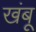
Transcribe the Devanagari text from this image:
खंबू